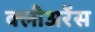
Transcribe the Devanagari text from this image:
क्लीअरेंस